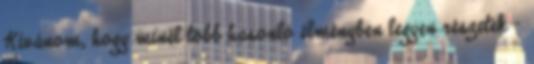
Kívánom, hogy minél több hasonló élményben legyen részetek -